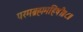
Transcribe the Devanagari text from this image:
परमब्रह्ममहिषी॥८॥